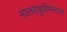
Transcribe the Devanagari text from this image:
मालवाहुविमानाला